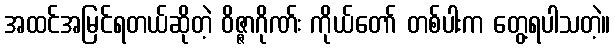
အထင်အမြင်ရတယ်ဆိုတဲ့ ဝိဇ္ဇာဂိုဏ်း ကိုယ်တော် တစ်ပါးက တွေ့ရပါသတဲ့။